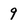
Character: 9